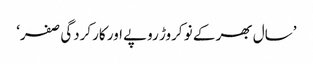
’سال بھر کے نو کروڑ روپے اور کارکردگی صفر‘